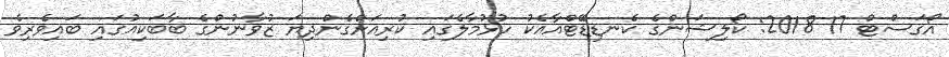
އޯގަސްޓް 17 2018: ކޯލިޝަންގެ ކެނޑިޑޭޓްއާއެކު ހުޅުމާލެގައި ކުރިއަށްގެންދިޔަ ޒުވާނުންގެ ބާބަކިއުގައި ބައިވެރިވެ